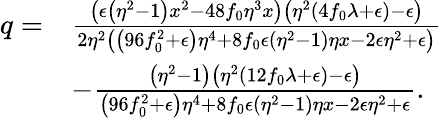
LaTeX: \begin{array}{rl}{q=}&{\frac{\left(\epsilon\left(\eta^{2}-1\right)x^{2}-48f_{0}\eta^{3}x\right)\left(\eta^{2}(4f_{0}\lambda+\epsilon)-\epsilon\right)}{2\eta^{2}\left(\left(96f_{0}^{2}+\epsilon\right)\eta^{4}+8f_{0}\epsilon\left(\eta^{2}-1\right)\eta x-2\epsilon\eta^{2}+\epsilon\right)}}\\ &{-\frac{\left(\eta^{2}-1\right)\left(\eta^{2}(12f_{0}\lambda+\epsilon)-\epsilon\right)}{\left(96f_{0}^{2}+\epsilon\right)\eta^{4}+8f_{0}\epsilon\left(\eta^{2}-1\right)\eta x-2\epsilon\eta^{2}+\epsilon}.}\end{array}